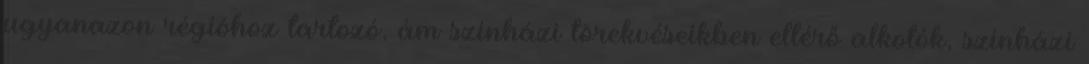
ugyanazon régióhoz tartozó, ám színházi törekvéseikben eltérő alkotók, színházi